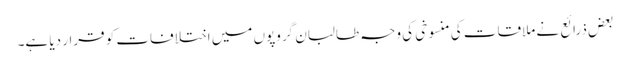
بعض ذرائع نے ملاقات کی منسوخی کی وجہ طالبان گروپوں میں اختلافات کو قرار دیا ہے۔